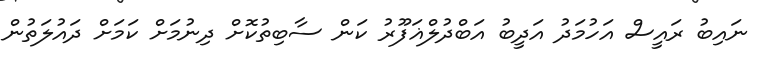
ނައިބު ރައީސް އަހުމަދު އަދީބު އަބްދުލްޣަފޫރު ކަން ސާބިތުކޮށް ދިނުމަށް ކަމަށް ދައުލަތުން